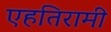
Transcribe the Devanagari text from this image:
एहतिरामी